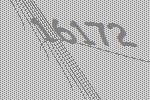
16172